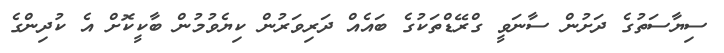
ސިޔާސަތުގެ ދަށުން ސާނަވީ ގްރޭޑްތަކުގެ ބައެއް ދަރިވަރުން ކިޔެވުމުން ބާކީކޮށް އެ ކުދިންގެ